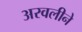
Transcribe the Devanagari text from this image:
अरवलीने